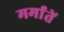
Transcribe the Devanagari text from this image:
मर्मांतें